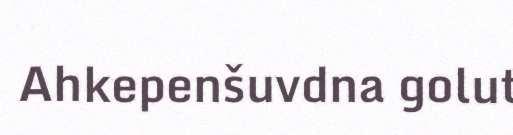
Ahkepenšuvdna golut